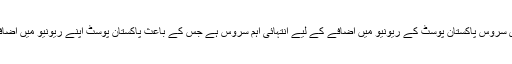
سیم ڈے ڈلیوری سروس پاکستان پوسٹ کے ریونیو میں اضافے کے لیے انتہائی اہم سروس ہے جس کے باعث پاکستان پوسٹ اپنے ریونیو میں اضافہ کر سکتا ہے۔